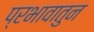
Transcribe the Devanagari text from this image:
प्रभावातुन